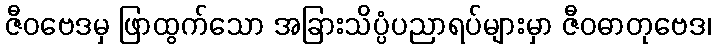
ဇီဝဗေဒမှ ဖြာထွက်သော အခြားသိပ္ပံပညာရပ်များမှာ ဇီဝဓာတုဗေဒ၊